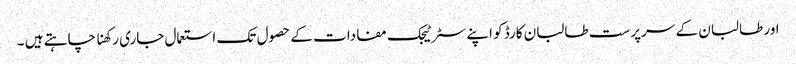
اور طالبان کے سرپرست طالبان کارڈ کو اپنے سٹرٹیجک مفادات کے حصول تک استعمال جاری رکھنا چاہتے ہیں ۔